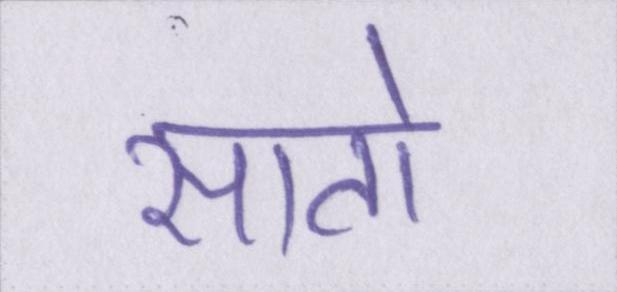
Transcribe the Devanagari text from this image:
सातो